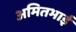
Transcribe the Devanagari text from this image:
अमितभाई